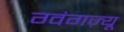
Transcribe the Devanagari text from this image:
ग्वंगज़्यू